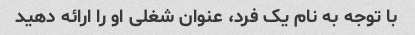
با توجه به نام یک فرد، عنوان شغلی او را ارائه دهید